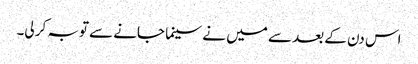
اس دن کے بعد سے میں نے سینما جانے سے توبہ کر لی۔